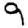
Digit: 9